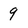
Character: 9